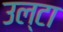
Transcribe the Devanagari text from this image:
उल्‍टा